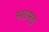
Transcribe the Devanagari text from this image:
माडमड़